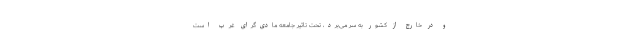
و در خارج از کشور به سر می‌برد، تحت تاثیر جامعه مادی‌گرای غرب است